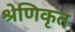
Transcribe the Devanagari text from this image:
श्रेणिकृत